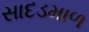
સાદડમાળ